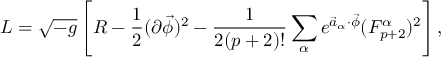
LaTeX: { \cal L } = \sqrt { - g } \left[ { \cal R } - { \frac { 1 } { 2 } } ( \partial \vec { \phi } ) ^ { 2 } - { \frac { 1 } { 2 ( p + 2 ) ! } } \sum _ { \alpha } e ^ { \vec { a } _ { \alpha } \cdot \vec { \phi } } ( F _ { p + 2 } ^ { \alpha } ) ^ { 2 } \right] ,